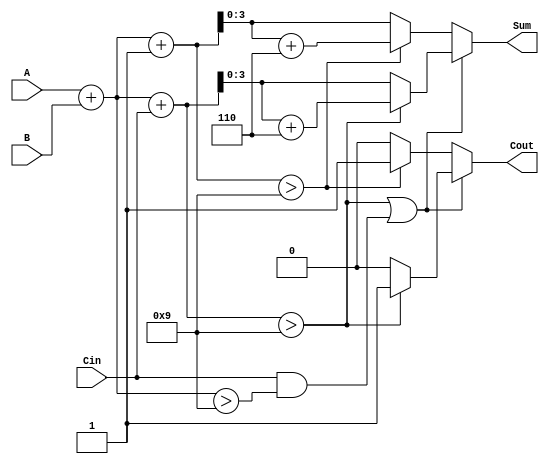
module BCD_MCSA (
    input  wire [3:0] A,     // BCD input A
    input  wire [3:0] B,     // BCD input B
    input  wire Cin,         // Carry-in
    output reg  [3:0] Sum,   // BCD output Sum
    output reg  Cout         // Carry-out
);

    // Intermediate signals
    wire [4:0] Sum0;         // Sum when carry is 0
    wire [4:0] Sum1;         // Sum when carry is 1
    wire Cout0;              // Carry-out for Sum0
    wire Cout1;              // Carry-out for Sum1

    // Initial addition for both carry scenarios
    assign Sum0 = A + B + Cin; // Sum with carry-in
    assign Cout0 = (Sum0 > 9) || (Cin && (A + B > 9)); // Carry-out for Sum0

    assign Sum1 = A + B + 1'b1; // Sum with carry-in + 1
    assign Cout1 = (Sum1 > 9) || (1'b1 && (A + B > 9)); // Carry-out for Sum1

    // BCD correction logic
    always @(*) begin
        if (Cout0) begin
            if (Sum0 > 9) begin
                Sum = Sum0 + 4'b0110; // Add 6 for BCD correction
                Cout = 1'b1;          // Set carry-out
            end else begin
                Sum = Sum0;           // No correction needed
                Cout = 1'b0;          // No carry-out
            end
        end else begin
            if (Sum1 > 9) begin
                Sum = Sum1 + 4'b0110; // Add 6 for BCD correction
                Cout = 1'b1;          // Set carry-out
            end else begin
                Sum = Sum1;           // No correction needed
                Cout = 1'b0;          // No carry-out
            end
        end
    end

endmodule